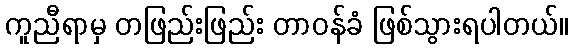
ကူညီရာမှ တဖြည်းဖြည်း တာဝန်ခံ ဖြစ်သွားရပါတယ်။